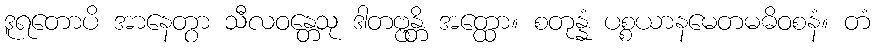
ဒူရတောပိ အာနေတွာ သီလဝန္တေသု ဒါတဗ္ဗန္တိ အတ္ထော။ စတုန္နံ ပစ္စယာနမေတမဓိဝစနံ။ တံ